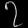
Digit: ၇